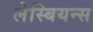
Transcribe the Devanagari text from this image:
लेस्बियन्स